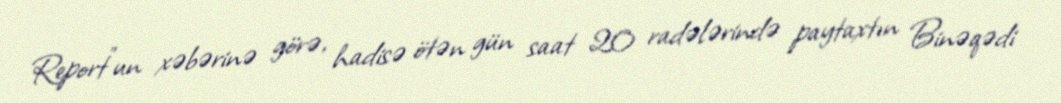
Report"un xəbərinə görə, hadisə ötən gün saat 20 radələrində paytaxtın Binəqədi